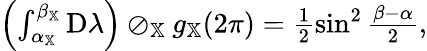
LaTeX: \begin{array}{r}{\left(\int_{\alpha_{\mathbb{X}}}^{\beta_{\mathbb{X}}}\mathrm{D}\lambda\right)\oslash_{\mathbb{X}}g_{\mathbb{X}}(2\pi)=\frac{1}{2}\sin^{2}\frac{\beta-\alpha}{2},}\end{array}